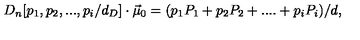
{ D } _ { n } [ p _ { 1 } , p _ { 2 } , . . . , p _ { i } / d _ { D } ] \cdot \vec { \mu } _ { 0 } = ( p _ { 1 } P _ { 1 } + p _ { 2 } P _ { 2 } + . . . . + p _ { i } P _ { i } ) / d ,